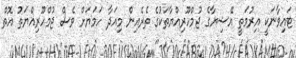
ޓައިވާނަކީ އިރުމަތީ އޭޝިޔާގެ ޖުމްހޫރިއްޔާތަކުގެ ތެރެއިން މިއަދާ ހަމަޔަށް ވެސް ޖުމްހޫރިއްޔަތު އޮތް